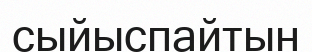
сыйыспайтын